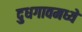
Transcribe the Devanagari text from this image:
दुधगावमध्ये